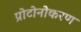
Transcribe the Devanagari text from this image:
प्रोटोनोकरण